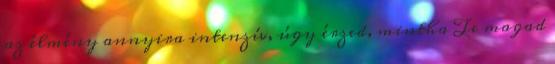
az élmény annyira intenzív, úgy érzed, mintha Te magad